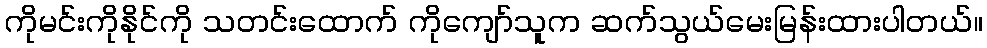
ကိုမင်းကိုနိုင်ကို သတင်းထောက် ကိုကျော်သူက ဆက်သွယ်မေးမြန်းထားပါတယ်။